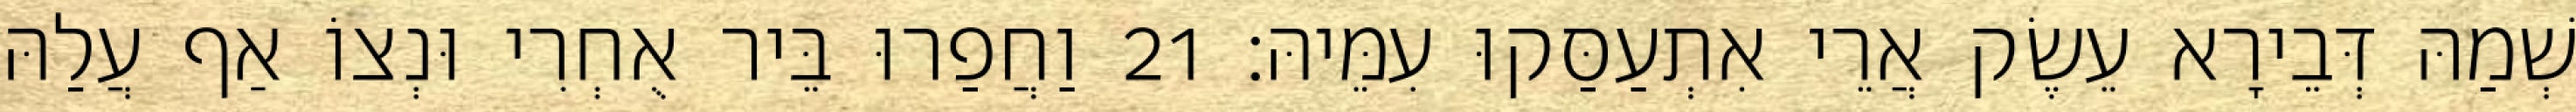
שְׁמַהּ דְּבֵירָא עֵשֶׂק אֲרֵי אִתְעַסַּקוּ עִמֵּיהּ׃ 21 וַחֲפַרוּ בֵּיר אֻחְרִי וּנְצוֹ אַף עֲלַהּ